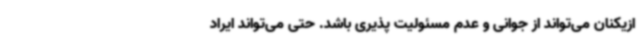
ازیکنان می‌تواند از جوانی و عدم مسئولیت پذیری باشد. حتی می‌تواند ایراد